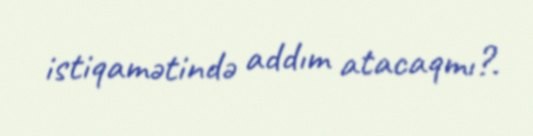
istiqamətində addım atacaqmı?.